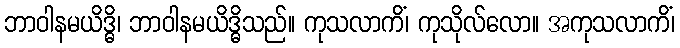
ဘာဝါနမယိဒ္ဓိ၊ ဘာဝါနမယိဒ္ဓိသည်။ ကုသလာကိံ၊ ကုသိုလ်လော။ အကုသလာကိံ၊